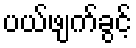
ပယ်ဖျက်ခွင့်